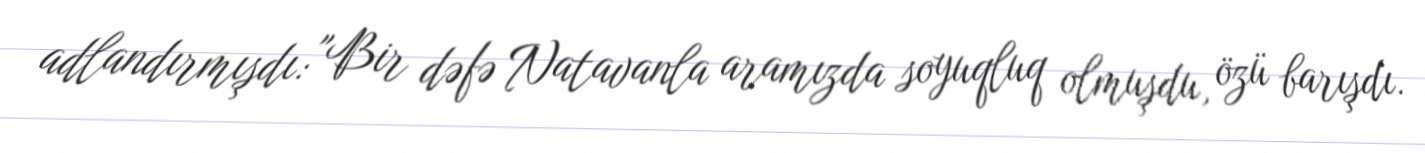
adlandırmışdı: "Bir dəfə Natavanla aramızda soyuqluq olmuşdu, özü barışdı.